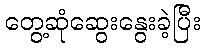
တွေ့ဆုံဆွေးနွေးခဲ့ပြီး